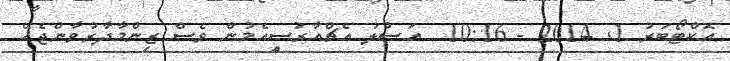
އޮކްޓޯބަރު 1